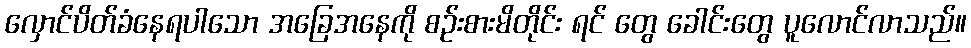
လှောင်ပိတ်ခံနေရပါသော အခြေအနေကို စဉ်းစားမိတိုင်း ရင် တွေ ခေါင်းတွေ ပူလောင်လာသည်။